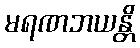
မရဏဘယန္တိ